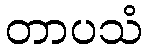
တာပသံ